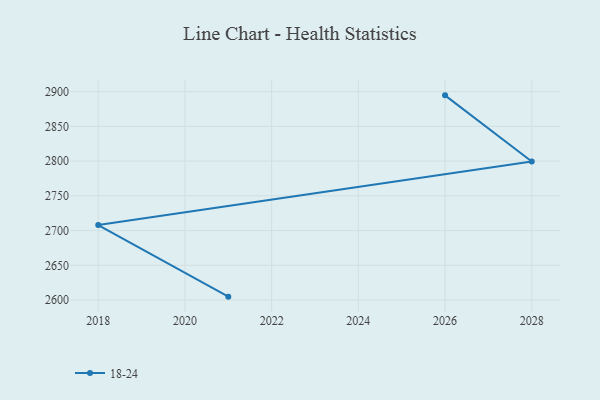
{"axis": {"x": "Year", "y": "Page Views"}, "legend": ["18-24"], "data": [{"x": "2021", "y": 2604.9, "type": "18-24"}, {"x": "2018", "y": 2707.9, "type": "18-24"}, {"x": "2028", "y": 2799.3, "type": "18-24"}, {"x": "2026", "y": 2894.6, "type": "18-24"}]}